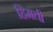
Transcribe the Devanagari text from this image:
हिमती